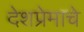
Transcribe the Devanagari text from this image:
देशप्रेमाचे